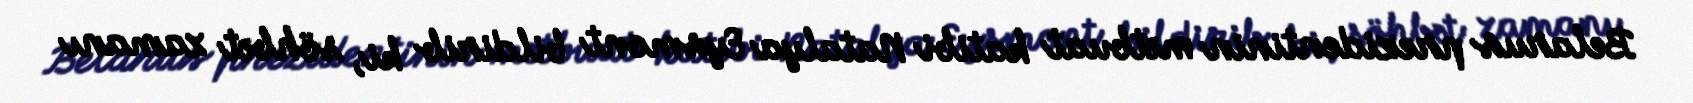
Belarus prezidentinin mətbuat katibi Natalya Eysmont bildirib ki, söhbət zamanı